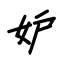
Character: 妒